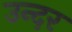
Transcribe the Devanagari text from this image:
उन्दर